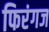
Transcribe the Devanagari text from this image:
फिरंगज